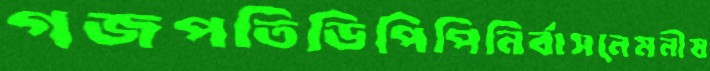
গজপতিডিপিপিনির্বাসনেমনীষ